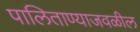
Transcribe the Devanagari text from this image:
पालिताण्याजवळील